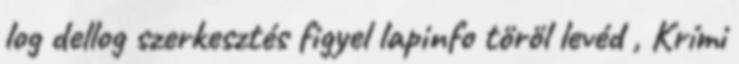
log dellog szerkesztés figyel lapinfo töröl levéd , Krími